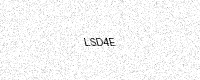
Text: LSD4E